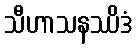
သီဟာသနဿိဒံ